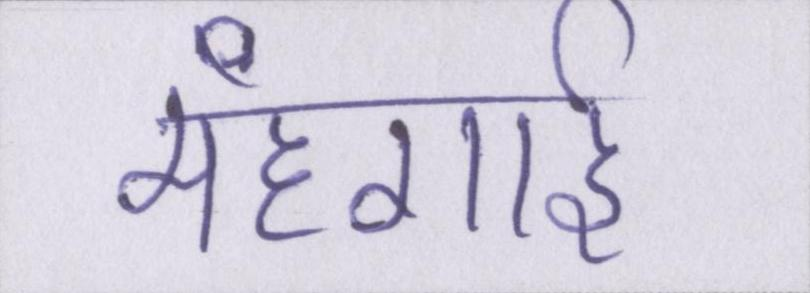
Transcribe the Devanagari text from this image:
महंगार्इ